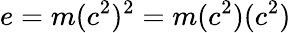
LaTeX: e=m(c^{2})^{2}=m(c^{2})(c^{2})